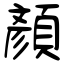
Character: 顏